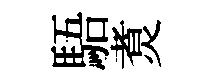
䮏煑